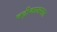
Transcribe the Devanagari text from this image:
बद्रीकाश्रमात